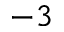
^ { - 3 }